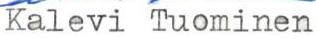
Kalevi Tuominen